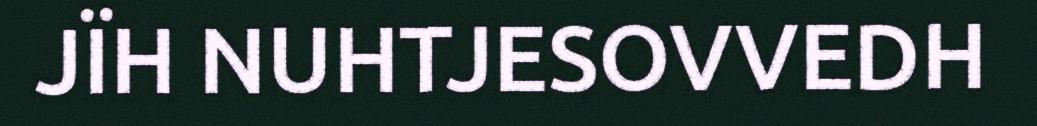
JÏH NUHTJESOVVEDH